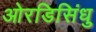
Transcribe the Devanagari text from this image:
ओरडिसिंधु